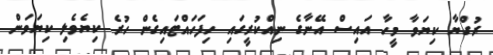
ރުގްޔާ ކިޔަވާ މީހާ އައިސް އޭނާގެ ނިއްކުރީގައި ހިފަހައްޓައިގެން ހުރެ ކިޔެވެލި ކިޔަވަން